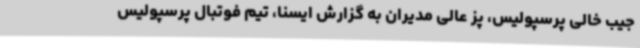
جیب خالی پرسپولیس، پز عالی مدیران به گزارش ایسنا، تیم فوتبال پرسپولیس